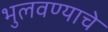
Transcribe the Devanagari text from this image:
भुलवण्याचे